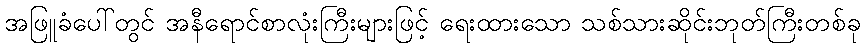
အဖြူခံပေါ်တွင် အနီရောင်စာလုံးကြီးများဖြင့် ရေးထားသော သစ်သားဆိုင်းဘုတ်ကြီးတစ်ခု